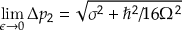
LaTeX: \operatorname* { l i m } _ { \epsilon \to 0 } \Delta p _ { 2 } = { \sqrt { \sigma ^ { 2 } + \hbar ^ { 2 } / 1 6 \Omega ^ { 2 } } }